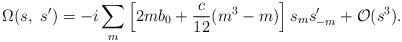
LaTeX: \begin{align*}\Omega(s, \ s')=-i\sum_m\left[2mb_0+\frac{c}{12}(m^3-m)\right]s_m s'_{-m} +{\cal O}(s^3).\end{align*}